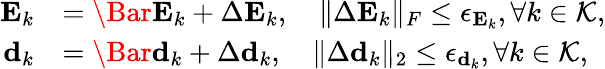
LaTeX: \begin{array}{rl}{\mathbf{E}_{k}}&{=\Bar{\mathbf{E}}_{k}+\Delta\mathbf{E}_{k},\quad\| \Delta\mathbf{E}_{k}\| _{F}\leq\epsilon_{\mathbf{E}_{k}},\forall k\in\mathcal{K},}\\ {\mathbf{d}_{k}}&{=\Bar{\mathbf{d}}_{k}+\Delta\mathbf{d}_{k},\quad\| \Delta\mathbf{d}_{k}\| _{2}\leq\epsilon_{\mathbf{d}_{k}},\forall k\in\mathcal{K},}\end{array}